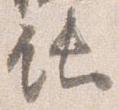
飩